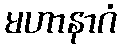
မဟာနာဂံ